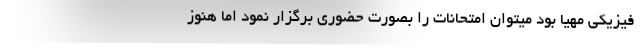
فیزیکی مهیا بود میتوان امتحانات را بصورت حضوری برگزار نمود اما هنوز